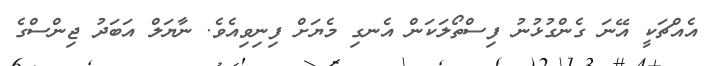
އެއްޗަކީ އޭނަ ގެންގުޅުނު ފިސްތޯލަކަން އެނގި މެޔަށް ފިނިވިއެވެ. ނާޔަލް އަބަދު ޖިންސްގެ